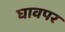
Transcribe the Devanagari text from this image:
घावपर